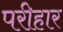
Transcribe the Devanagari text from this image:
परीहार